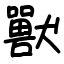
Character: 獸